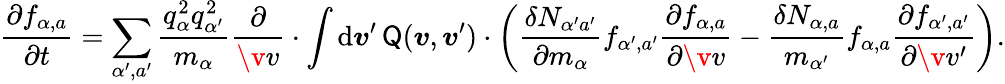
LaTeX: \frac{\partial f_{\alpha,a}}{\partial t}=\sum_{\alpha^{\prime},a^{\prime}}\frac{q_{\alpha}^{2}q_{\alpha^{\prime}}^{2}}{m_{\alpha}}\frac{\partial}{\v{v}}\cdot\int\mathrm{d}\boldsymbol{v}^{\prime}\, {\sf{Q}}(\boldsymbol{v},\boldsymbol{v}^{\prime})\cdot\left(\frac{\delta N_{\alpha^{\prime}a^{\prime}}}{\partial m_{\alpha}}f_{\alpha^{\prime},a^{\prime}}\frac{\partial f_{\alpha,a}}{\partial\v{v}}-\frac{\delta N_{\alpha,a}}{m_{\alpha^{\prime}}}f_{\alpha,a}\frac{\partial f_{\alpha^{\prime},a^{\prime}}}{\partial\v{v}^{\prime}}\right).